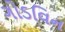
ગોડવિન